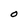
Character: O